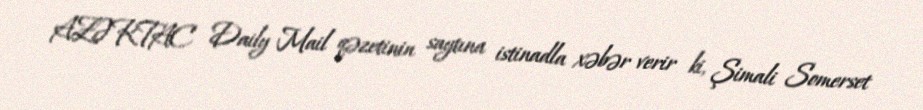
AZƏRTAC Daily Mail qəzetinin saytına istinadla xəbər verir ki, Şimali Somerset